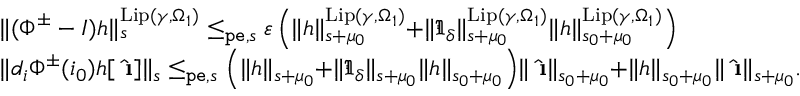
\begin{array} { r l } & { \rVert ( \Phi ^ { \pm } - I ) h \rVert _ { s } ^ { \mathrm { L i p } ( \gamma , \Omega _ { 1 } ) } \le _ { \mathtt { p e } , s } \varepsilon \left( \rVert h \rVert _ { s + \mu _ { 0 } } ^ { \mathrm { L i p } ( \gamma , \Omega _ { 1 } ) } + \rVert \mathfrak { I } _ { \delta } \rVert _ { s + \mu _ { 0 } } ^ { \mathrm { L i p } ( \gamma , \Omega _ { 1 } ) } \rVert h \rVert _ { s _ { 0 } + \mu _ { 0 } } ^ { \mathrm { L i p } ( \gamma , \Omega _ { 1 } ) } \right) } \\ & { \rVert d _ { i } \Phi ^ { \pm } ( i _ { 0 } ) h [ \hat { \textbf { \i } } ] \rVert _ { s } \le _ { \mathtt { p e } , s } \left( \rVert h \rVert _ { s + \mu _ { 0 } } + \rVert \mathfrak { I } _ { \delta } \rVert _ { s + \mu _ { 0 } } \rVert h \rVert _ { s _ { 0 } + \mu _ { 0 } } \right) \rVert \hat { \textbf { \i } } \rVert _ { s _ { 0 } + \mu _ { 0 } } + \rVert h \rVert _ { s _ { 0 } + \mu _ { 0 } } \rVert \hat { \textbf { \i } } \rVert _ { s + \mu _ { 0 } } . } \end{array}